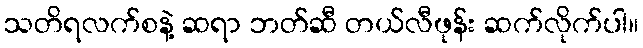
သတိရလက်စနဲ့ ဆရာ ဘတ်ဆီ တယ်လီဖုန်း ဆက်လိုက်ပါ။